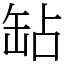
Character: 䍄